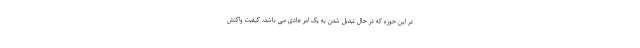
در این حوزه که در حال تبدیل شدن به یک امر عادی می باشد، کیفیت واکنش